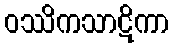
ဝဿိကသာဋိကာ